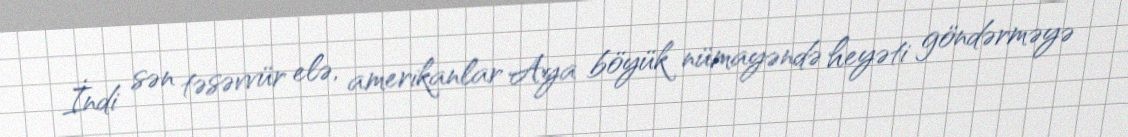
İndi sən təsəvvür elə, amerikanlar Aya böyük nümayəndə heyəti göndərməyə